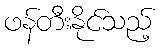
ဖန်တီးနိုင်သည့်